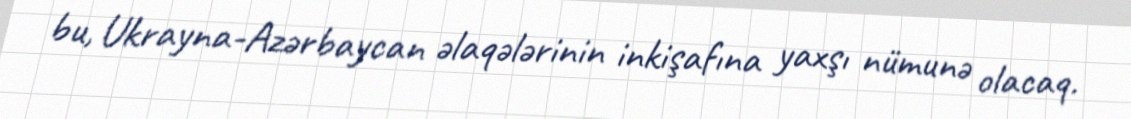
bu, Ukrayna-Azərbaycan əlaqələrinin inkişafına yaxşı nümunə olacaq.